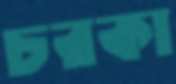
চরকা